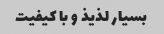
بسیار لذیذ و با کیفیت